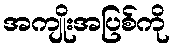
အကျိုးအပြစ်ကို